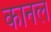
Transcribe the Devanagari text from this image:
कानल